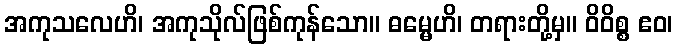
အကုသလေဟိ၊ အကုသိုလ်ဖြစ်ကုန်သော။ ဓမ္မေဟိ၊ တရားတို့မှ။ ဝိဝိစ္စ ဧဝ၊